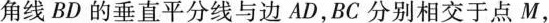
角线BD的垂直平分线与边AD,BC分别相交于点M,